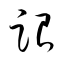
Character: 跟